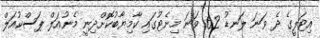
އިޓަލީގެ ދެ ވަނަ ލަނޑު 62 ވަނަ މިނެޓުގައި ކާމިޔާބުކޮށްދިނީ މެނުއަލް ޕަސްކުއަލް